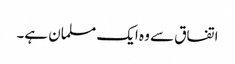
اتفاق سے وہ ایک مسلمان ہے۔